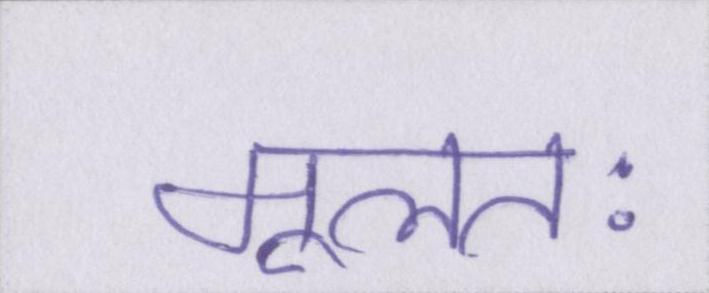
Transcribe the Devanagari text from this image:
मूलतः